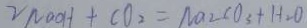
2 N a O H + C O _ { 2 } = N a _ { 2 } C O _ { 3 } + H _ { 2 } O